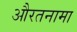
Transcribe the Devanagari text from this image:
औरतनामा